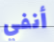
أنفي